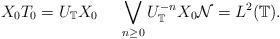
LaTeX: \begin{align*}X_0T_0=U_{\mathbb T}X_0 \ \ \ \ \bigvee_{n\geq 0}U_{\mathbb T}^{-n}X_0\mathcal N=L^2(\mathbb T).\end{align*}